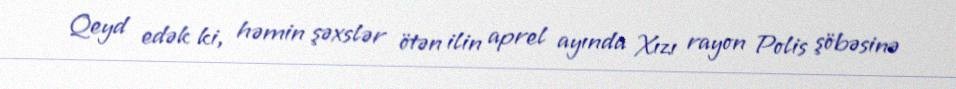
Qeyd edək ki, həmin şəxslər ötən ilin aprel ayında Xızı rayon Polis şöbəsinə